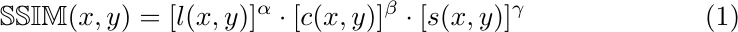
    \begin{equation}
        \label{eq:SSIMp}
        \mathbb{SSIM}(x,y) =[l(x,y)]^\alpha\cdot[c(x,y)]^\beta\cdot[s(x,y)]^\gamma
    \end{equation}